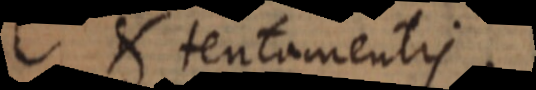
t tentamentis.